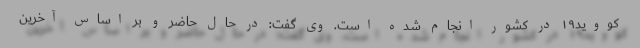
کووید۱۹ در کشور انجام شده است. وی گفت: در حال حاضر و بر اساس آخرین